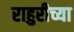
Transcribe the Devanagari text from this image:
राहुरीच्या